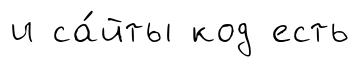
и са́йты код есть